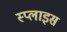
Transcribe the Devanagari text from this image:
स्प्लाइस